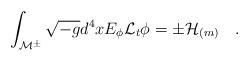
LaTeX: \begin{align*}\int_{{\cal M}^{\pm}}\sqrt{-g} d^4x E_\phi {\cal L}_t\phi=\pm{\cal H}_{(m)}~~~.\end{align*}